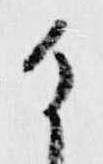
け